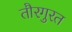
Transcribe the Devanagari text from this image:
तौरगुरत